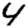
Digit: 4